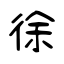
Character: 徐